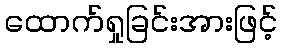
ထောက်ရှုခြင်းအားဖြင့်